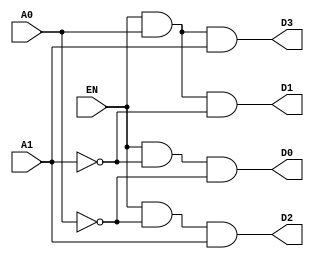
module decoder_2_to_4_s(EN, A0, A1, D0, D1, D2, D3);
 input EN, A0, A1;
 output D0, D1, D2, D3;
 wire x,y;
 not u1(y,A1);
 not u2(x,A0);
 and u3(D0,EN,y,x);
 and u4(D1,EN,A0,y);
 and u5(D2,EN,x,A1);
 and u6(D3,EN,A0,A1);
endmodule